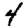
Digit: 4